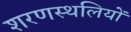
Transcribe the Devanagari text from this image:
शरणस्थलियों